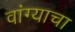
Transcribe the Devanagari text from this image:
वांग्याचा